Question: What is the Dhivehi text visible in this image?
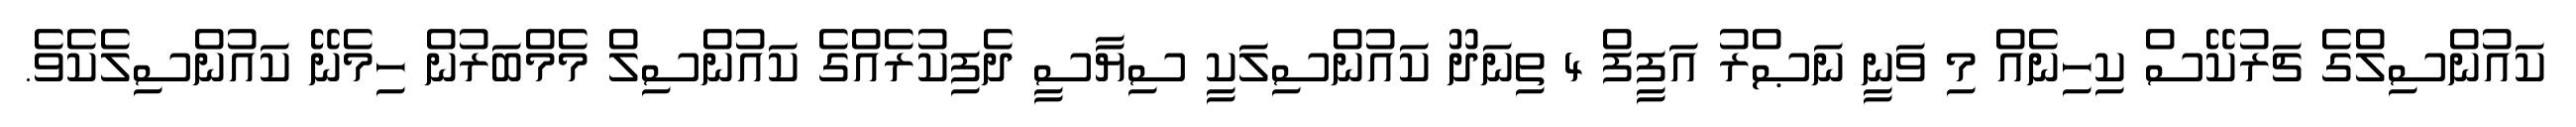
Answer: ކައުންސިލްގެ ޗަރުކޭސް ކިހިނެއް މި ވަނީ ނަޞްރު އަފީފް 4 ތިނަދޫ ކައުންސިލަކީ ސިޔާސީ ދެފިކުރެއްގެ ކައުންސިލް މެމްބަރުން ހިމެނޭ ކައުންސިލެކެވެ.